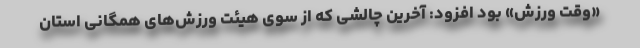
«وقت ورزش» بود افزود: آخرین چالشی که از سوی هیئت ورزش‌های همگانی استان